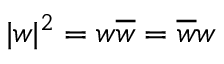
\vert w \vert ^ { 2 } = w \overline { { w } } = \overline { { w } } w